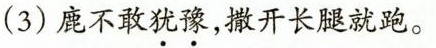
(3)鹿不敢犹豫，撒开长腿就跑。